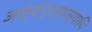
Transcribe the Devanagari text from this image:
अस्यंग्रन्थस्यापि